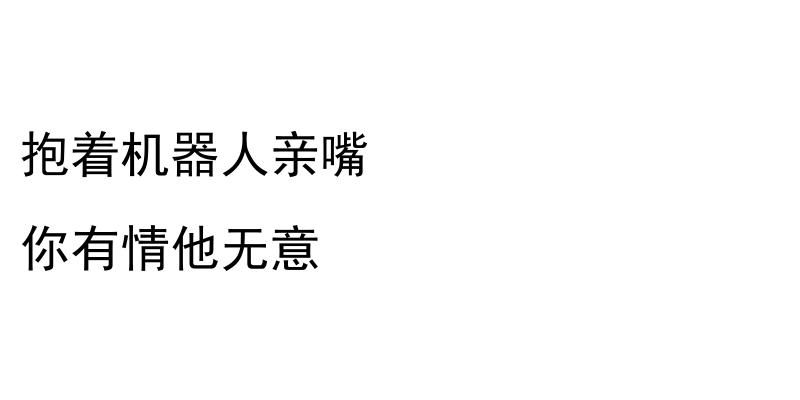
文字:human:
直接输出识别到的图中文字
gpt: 抱着机器人亲嘴 你有情他无意